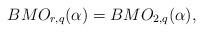
LaTeX: \begin{align*}BMO_{r,q}(\alpha)=BMO_{2,q}(\alpha),\end{align*}